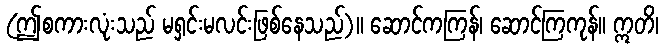
(ဤစကားလုံးသည် မရှင်းမလင်းဖြစ်နေသည်)။ ဆောင်ကကြန်၊ ဆောင်ကြကုန်။ ဣတိ၊